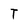
Character: T